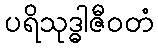
ပရိသုဒ္ဓါဇီဝတံ